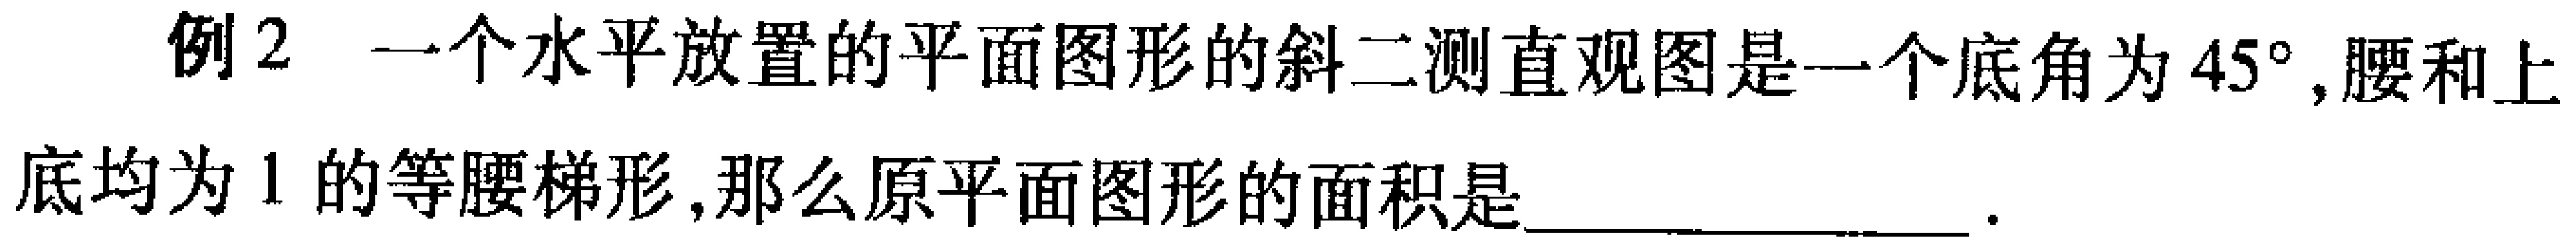
例2 一个水平放置的平面图形的斜二测直观图是一个底角为\(45^{\circ}\),腰和上底均为\(1\)的等腰梯形,那么原平面图形的面积是________________.